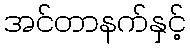
အင်တာနက်နှင့်